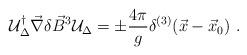
LaTeX: \begin{align*}{\cal U}_{\Delta}^{\dagger} \vec{\nabla} \delta\vec{B}^{3} {\cal U}_{\Delta} =\pm \frac{4 \pi}{g} \delta^{(3)} (\vec{x}- \vec{x}_{0}) \ .\end{align*}